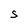
Character: s